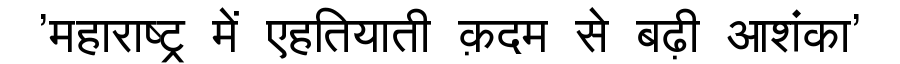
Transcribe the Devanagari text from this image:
'महाराष्ट्र में एहतियाती क़दम से बढ़ी आशंका'